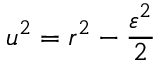
u ^ { 2 } = r ^ { 2 } - { \frac { \varepsilon ^ { 2 } } { 2 } }